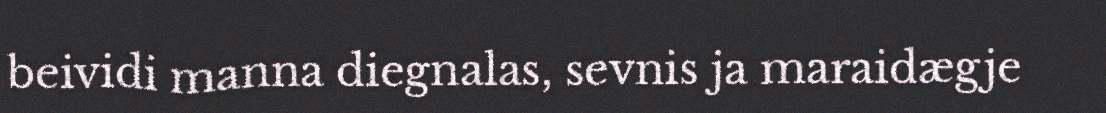
beividi manna diegnalas, sevnis ja maraidægje